Scottish Leaving Certificate Examination, 1951
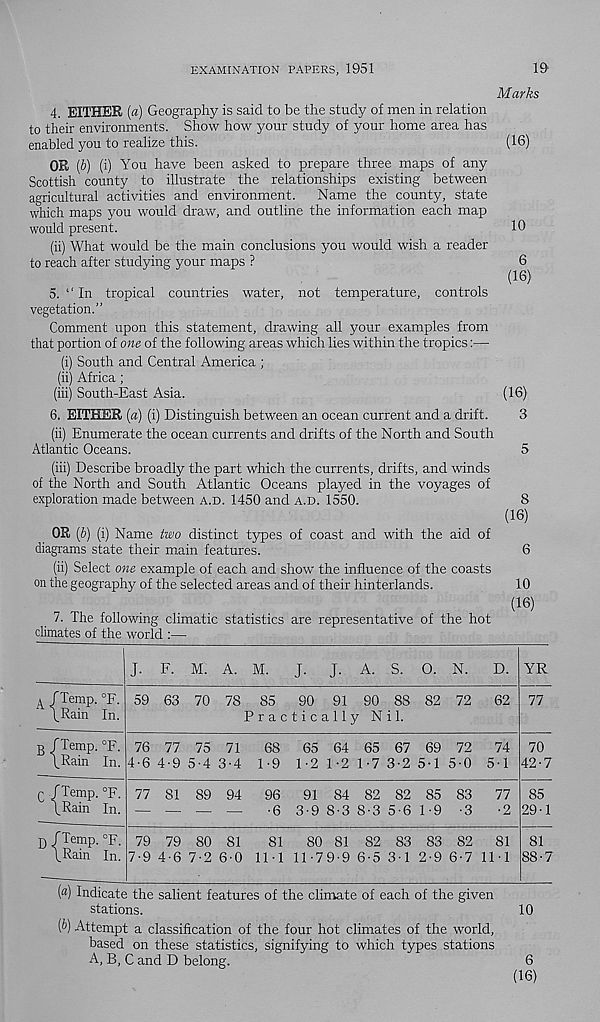
EXAMINATION PAPERS, 1951
19
Marks
4. EITHER [a) Geography is said to be the study of men in relation
to their environments. Show how your study of your home area has
enabled you to realize this.
(16)
OR (b) (i) You have been asked to prepare three maps of any
Scottish county to illustrate the relationships existing between
agricultural activities and environment.
Name the county, state
which maps you would draw, and outline the information each map
would present.
10
(ii) What would be the main conclusions you would wish a reader
to reach after studying your maps ?
6
(16)
5. “In tropical countries water, not temperature, controls
vegetation.”
Comment upon this statement, drawing all your examples from
that portion of one of the following areas which lies within the tropics:—
(i) South and Central America ;
(ii) Africa;
(iii) South-East Asia.
(16)
6. EITHER (a) (i) Distinguish between an ocean current and a drift.
3
(ii) Enumerate the ocean currents and drifts of the North and South
Atlantic Oceans.
5
(iii)
Describe broadly the part which the currents, drifts, and w
of the North and South Atlantic Oceans played in the voyages of
exploration made between A.D. 1450 and A.D. 1550.
OR [b) (i) Name two distinct types of coast and with the aid of
diagrams state their main features.
(ii) Select one example of each and show the influence of the coasts
on the geography of the selected areas and of their hinterlands.
7.
The following climatic statistics are representative of the h
climates of the world :—
8
(16)
10
(16)
A /Temp. °F.
\Rain In.
B /Temp. °F.
\Rain In.
c /Temp. °F.
\Rain In.
D /Temp. °F.
\Rain In.
J. F. M. A. M.
J.
J.
S. O. N.
D.
59 63 70 78 85
90 91 90 88 82 72
62
Practically Nil.
76 77 75 71
68
4-6 4-9 5-4 3-4 1-9
65 64 65 67 69 72
74
1-2 1-2 1-7 3-2 5-1 5-0 5-1
77 81 89 94
96
91 84 82 82 85 83
77
— — — —
-6 3-9 8-3 8-3 5-6 1-9 -3
-2
79 79 80 81
81
80 81 82 83 83 82
81
7-9 4-6 7-2 6-0 1M 11-79-9 6-5 3-1 2-9 6-7 11 1
YR
77
70
42-7
85
29-1
81
88-7
(«) Indicate the salient features of the climate of each of the given
stations.
10
[b] Attempt a classification of the four hot climates of the world,
based on these statistics, signifying to which types stations
A, B, C and D belong.
6
(16)